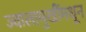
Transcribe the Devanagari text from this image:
ज्वालामुखींमधून